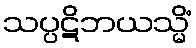
သပ္ပဋိဘယသ္မိံ